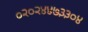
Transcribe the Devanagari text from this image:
०२०२४४७३३०४